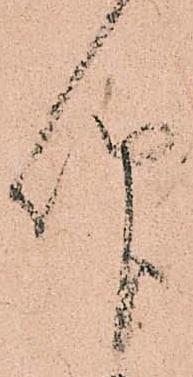
仰